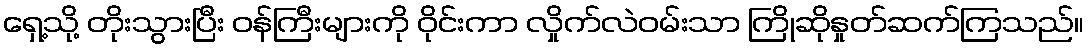
ရှေ့သို့ တိုးသွားပြီး ဝန်ကြီးများကို ဝိုင်းကာ လှိုက်လဲဝမ်းသာ ကြိုဆိုနှုတ်ဆက်ကြသည်။